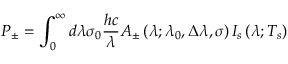
P _ { \pm } = \int _ { 0 } ^ { \infty } d \lambda \sigma _ { 0 } \frac { h c } { \lambda } A _ { \pm } \left( \lambda ; \lambda _ { 0 } , \Delta \lambda , \sigma \right) I _ { s } \left( \lambda ; T _ { s } \right)